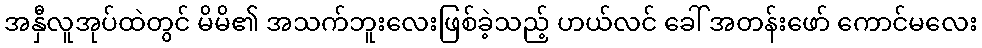
အနှီလူအုပ်ထဲတွင် မိမိ၏ အသက်ဘူးလေးဖြစ်ခဲ့သည့် ဟယ်လင် ခေါ် အတန်းဖော် ကောင်မလေး